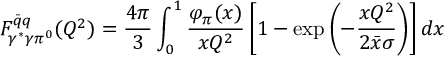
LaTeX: F _ { \gamma ^ { * } \gamma \pi ^ { 0 } } ^ { \bar { q } q } ( Q ^ { 2 } ) = \frac { 4 \pi } { 3 } \int _ { 0 } ^ { 1 } \frac { \varphi _ { \pi } ( x ) } { x Q ^ { 2 } } \left[ 1 - \exp \left( - \frac { x Q ^ { 2 } } { 2 \bar { x } \sigma } \right) \right] d x